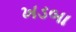
ખડબા